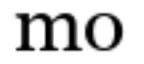
mo